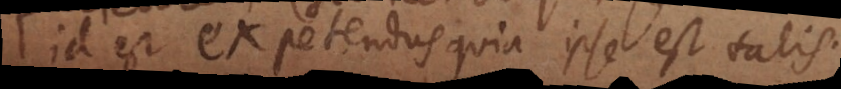
id est expetendus quia ipse est talis